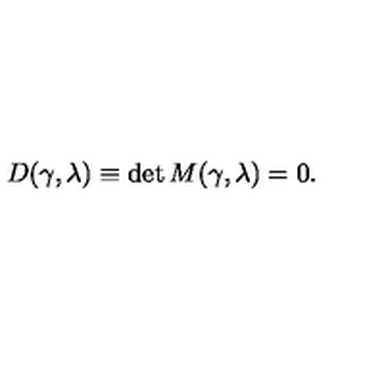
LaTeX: D ( \gamma , \lambda ) \equiv \det M ( \gamma , \lambda ) = 0 .